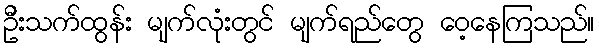
ဦးသက်ထွန်း မျက်လုံးတွင် မျက်ရည်တွေ ဝေ့နေကြသည်။